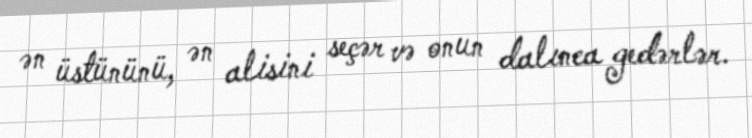
ən üstününü, ən alisini seçər və onun dalınca gedərlər.